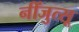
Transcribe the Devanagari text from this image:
नींजुत्सू